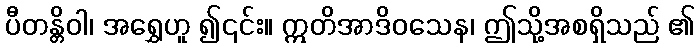
ပီတန္တိဝါ၊ အရွှေဟူ ၍၎င်း။ ဣတိအာဒိဝသေန၊ ဤသို့အစရှိသည် ၏